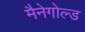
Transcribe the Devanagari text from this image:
मैनेगोल्ड